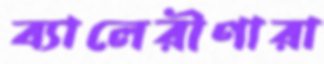
ব্যালেরীণারা